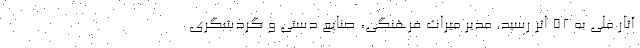
آثار ملی به ۵۲ اثر رسید. مدیر میراث فرهنگی، صنایع دستی و گردشگری